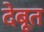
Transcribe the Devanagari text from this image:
देबूत